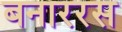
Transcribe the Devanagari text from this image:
बनाररस